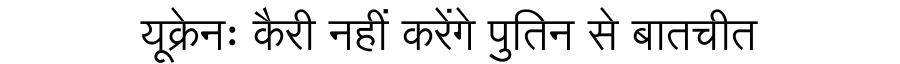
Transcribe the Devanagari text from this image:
यूक्रेनः कैरी नहीं करेंगे पुतिन से बातचीत